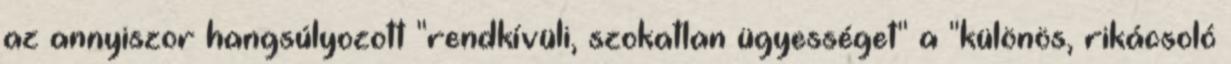
az annyiszor hangsúlyozott "rendkívüli, szokatlan ügyességet" a "különös, rikácsoló